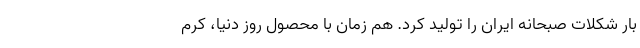
بار شکلات صبحانه ایران را تولید کرد. هم زمان با محصول روز دنیا، کرم